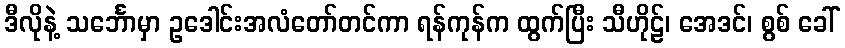
ဒီလိုနဲ့ သင်္ဘောမှာ ဥဒေါင်းအလံတော်တင်ကာ ရန်ကုန်က ထွက်ပြီး သီဟိုဠ်၊ အေဒင်၊ စွစ် ခေါ်